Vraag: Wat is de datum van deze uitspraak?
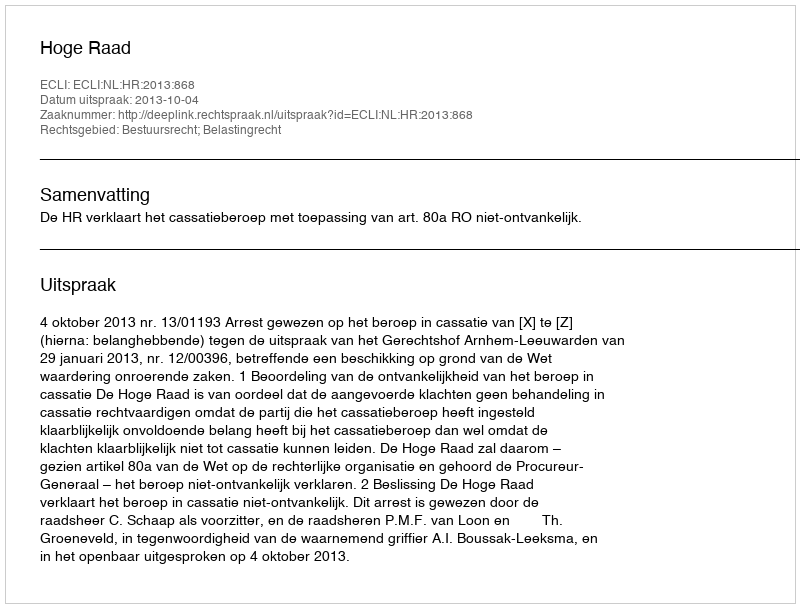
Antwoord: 2013-10-04